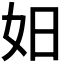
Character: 𪥨